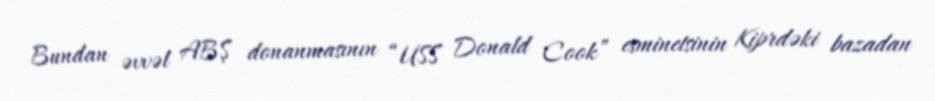
Bundan əvvəl ABŞ donanmasının “USS Donald Cook” esminetsinin Kiprdəki bazadan